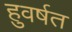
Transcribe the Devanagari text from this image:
हुवर्षत